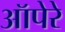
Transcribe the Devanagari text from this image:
ऑपेरे